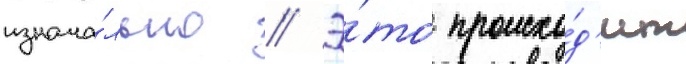
изнача́льно // Э́то происхо́д'ит